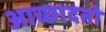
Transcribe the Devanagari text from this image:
आच्छादतो